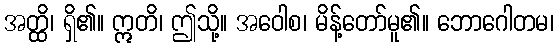
အတ္ထိ၊ ရှိ၏။ ဣတိ၊ ဤသို့။ အဝေါစ၊ မိန့်တော်မူ၏။ ဘောဂေါတမ၊